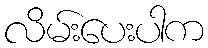
လိမ်းပေးပါက